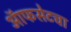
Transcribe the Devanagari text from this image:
ऑफसेटचा